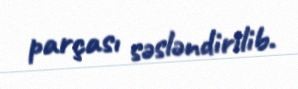
parçası səsləndirilib.